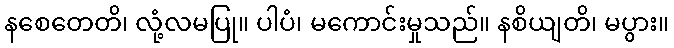
နစေတေတိ၊ လုံ့လမပြု။ ပါပံ၊ မကောင်းမှုသည်။ နစိယျတိ၊ မပွား။